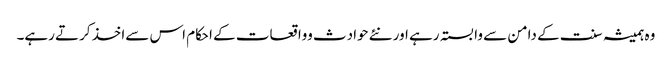
وہ ہمیشہ سنت کے دامن سے وابستہ رہے اور نئے حوادث وواقعات کے احکام اس سےاخذ کرتے رہے۔